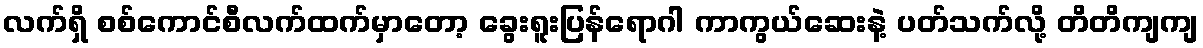
လက်ရှိ စစ်ကောင်စီလက်ထက်မှာတော့ ခွေးရူးပြန်ရောဂါ ကာကွယ်ဆေးနဲ့ ပတ်သက်လို့ တိတိကျကျ